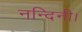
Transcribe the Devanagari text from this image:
नन्दिनी।